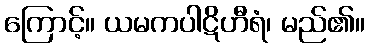
ကြောင့်။ ယမကပါဋိဟီရံ၊ မည်၏။